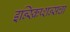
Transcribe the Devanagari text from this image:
इन्स्क्रिप्शन्सचा